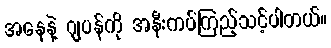
အနေနဲ့ ဂျပန်ကို အနီးကပ်ကြည့်သင့်ပါတယ်။